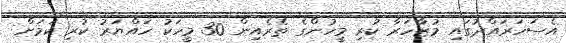
އެސަހަރައްދުގައި މުޒާހަރާ ކުރި މީހުންގެ ތެރެއިން 30 މީހަކު ހައްޔަރު ކުރި ކަމަށް